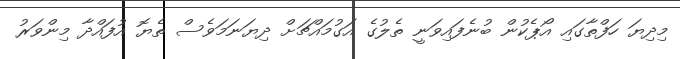
މިދިޔަ ހަފްތާގައި އޯޕެކުން ބުނެފައިވަނީ ތެލުގެ އަގުމައްޗަށް ދިޔަނަމަވެސް ތެޔޮ އުފައްދާ މިންވަރު